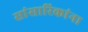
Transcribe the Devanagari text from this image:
सांसारिकांना